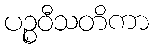
ပဉ္စဝီသတိကာ